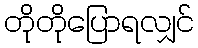
တိုတိုပြောရလျှင်